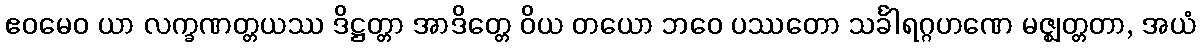
ဧဝမေဝ ယာ လက္ခဏတ္တယဿ ဒိဋ္ဌတ္တာ အာဒိတ္တေ ဝိယ တယော ဘဝေ ပဿတော သင်္ခါရဂ္ဂဟဏေ မဇ္ဈတ္တတာ, အယံ